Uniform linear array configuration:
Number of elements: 32
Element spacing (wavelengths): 0.5
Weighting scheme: kaiser
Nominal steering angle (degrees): -45
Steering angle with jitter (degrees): -43.05
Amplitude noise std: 0.05
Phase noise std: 0.05

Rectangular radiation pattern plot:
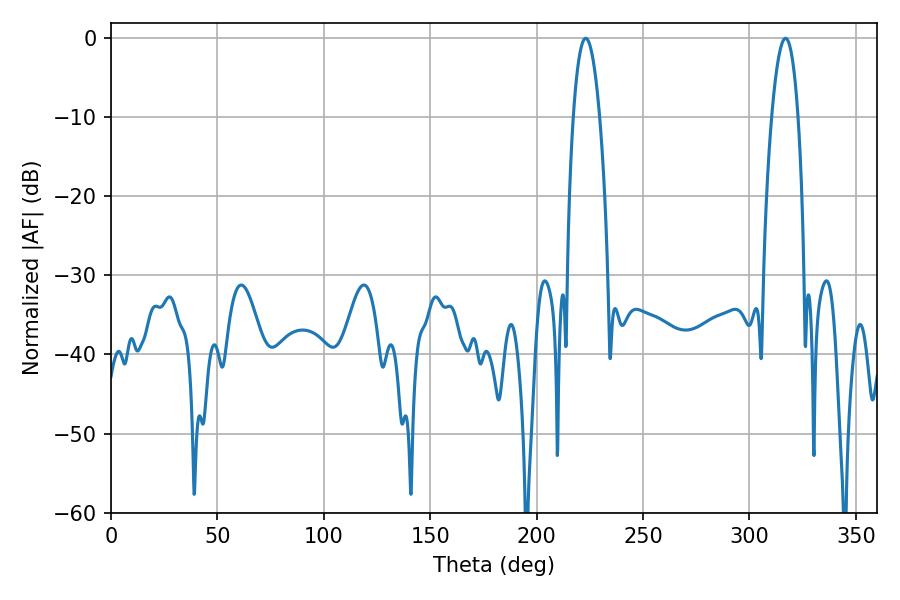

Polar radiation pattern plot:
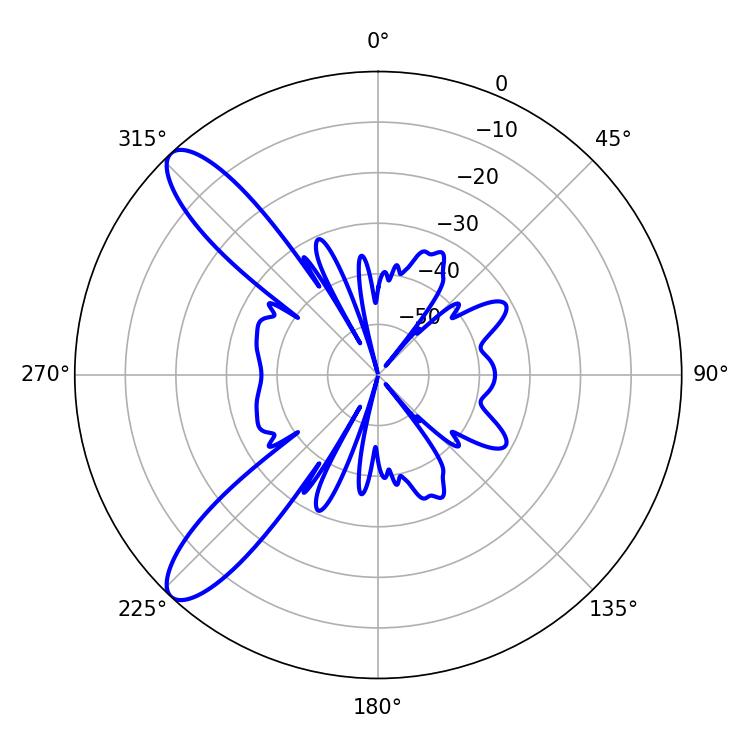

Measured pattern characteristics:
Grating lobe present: FALSE
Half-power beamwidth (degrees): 6.84
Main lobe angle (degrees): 223.02